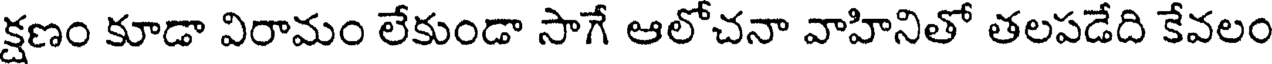
క్షణం కూడా విరామం లేకుండా సాగే ఆలోచనా వాహినితో తలపడేది కేవలం